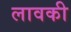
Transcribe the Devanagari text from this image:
लावकी